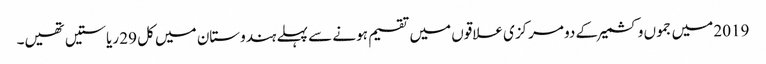
2019 میں جموں وکشمیر کے دو مرکزی علاقوں میں تقسیم ہونے سے پہلے ہندوستان میں کل 29 ریاستیں تھیں۔